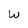
Character: W